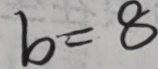
b = 8